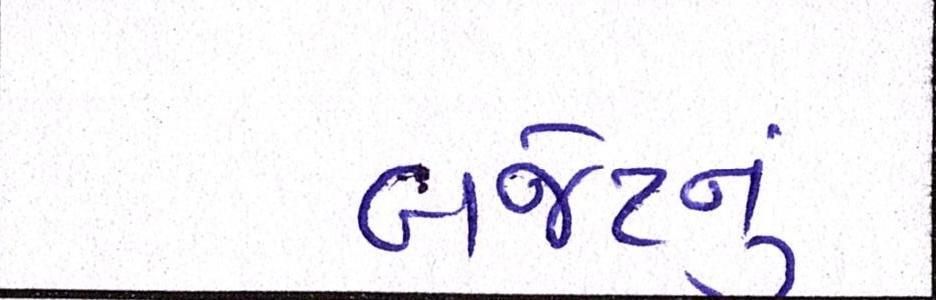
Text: બજેટનું